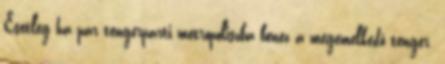
Esetleg ha pár tengerparti metropoliszba benéz a megemelkedő tenger.